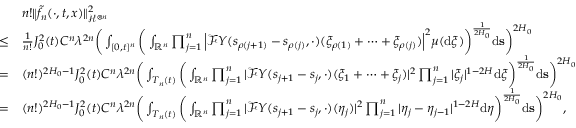
\begin{array} { r l } & { n ! \Vert \tilde { f _ { n } } ( \cdot , t , x ) \Vert _ { \mathcal { H } ^ { \otimes n } } ^ { 2 } } \\ { \le } & { \frac { 1 } { n ! } J _ { 0 } ^ { 2 } ( t ) C ^ { n } \lambda ^ { 2 n } \bigg ( \int _ { [ 0 , t ] ^ { n } } \bigg ( \int _ { \mathbb { R } ^ { n } } \prod _ { j = 1 } ^ { n } \Big | \mathcal { F } Y ( s _ { \rho ( j + 1 ) } - s _ { \rho ( j ) } , \cdot ) ( \xi _ { \rho ( 1 ) } + \dots + \xi _ { \rho ( j ) } ) \Big | ^ { 2 } \boldsymbol \mu ( \ensuremath { \mathrm { d } } \boldsymbol \xi ) \bigg ) ^ { \frac { 1 } { 2 H _ { 0 } } } \ensuremath { \mathrm { d } } \mathbf s \bigg ) ^ { 2 H _ { 0 } } } \\ { = } & { ( n ! ) ^ { 2 H _ { 0 } - 1 } J _ { 0 } ^ { 2 } ( t ) C ^ { n } \lambda ^ { 2 n } \bigg ( \int _ { T _ { n } ( t ) } \bigg ( \int _ { \mathbb { R } ^ { n } } \prod _ { j = 1 } ^ { n } | \mathcal { F } Y ( s _ { j + 1 } - s _ { j } , \cdot ) ( \xi _ { 1 } + \dots + \xi _ { j } ) | ^ { 2 } \prod _ { j = 1 } ^ { n } | \xi _ { j } | ^ { 1 - 2 H } \ensuremath { \mathrm { d } } \boldsymbol \xi \bigg ) ^ { \frac { 1 } { 2 H _ { 0 } } } \ensuremath { \mathrm { d } } \mathbf s \bigg ) ^ { 2 H _ { 0 } } } \\ { = } & { ( n ! ) ^ { 2 H _ { 0 } - 1 } J _ { 0 } ^ { 2 } ( t ) C ^ { n } \lambda ^ { 2 n } \bigg ( \int _ { T _ { n } ( t ) } \bigg ( \int _ { \mathbb { R } ^ { n } } \prod _ { j = 1 } ^ { n } | \mathcal { F } Y ( s _ { j + 1 } - s _ { j } , \cdot ) ( \eta _ { j } ) | ^ { 2 } \prod _ { j = 1 } ^ { n } | \eta _ { j } - \eta _ { j - 1 } | ^ { 1 - 2 H } \ensuremath { \mathrm { d } } \boldsymbol \eta \bigg ) ^ { \frac { 1 } { 2 H _ { 0 } } } \ensuremath { \mathrm { d } } \mathbf s \bigg ) ^ { 2 H _ { 0 } } , } \end{array}